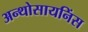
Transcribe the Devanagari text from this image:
अन्थोसायनिंस